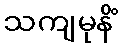
သကျမုနိံ